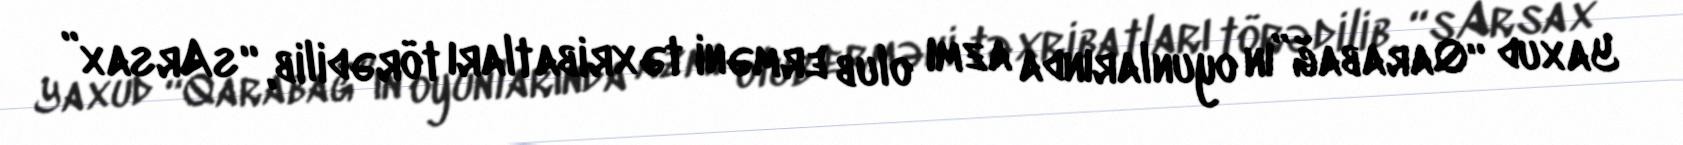
Yaxud “Qarabağ”ın oyunlarında azmı olub erməni təxribatları törədilib, “sArsax”